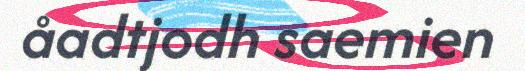
åadtjodh saemien